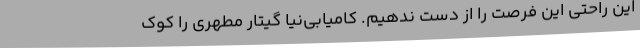
این راحتی این فرصت را از دست ندهیم. کامیابی‌نیا گیتار مطهری را کوک